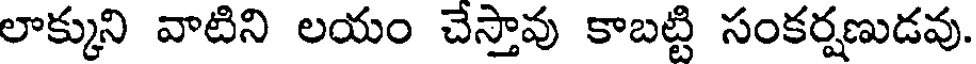
లాక్కుని వాటిని లయం చేస్తావు కాబట్టి సంకర్షణుడవు.